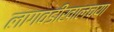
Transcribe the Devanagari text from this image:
लागवडीखालच्या